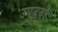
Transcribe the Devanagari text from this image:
उपद्रवो